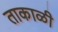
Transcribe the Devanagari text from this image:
ताकाळी